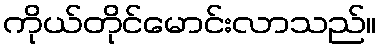
ကိုယ်တိုင်မောင်းလာသည်။